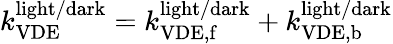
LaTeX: k_{\mathrm{VDE}}^{\mathrm{light/dark}}=k_{\mathrm{VDE,f}}^{\mathrm{light/dark}}+k_{\mathrm{VDE,b}}^{\mathrm{light/dark}}